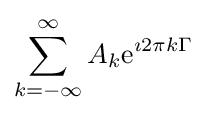
\sum _{k=-\infty }^{\infty }A_{k}\mathrm {e} ^{\imath 2\pi k\Gamma }